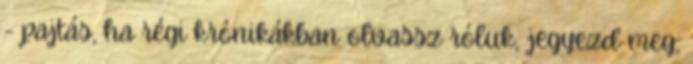
- pajtás, ha régi krónikákban olvassz róluk, jegyezd meg,